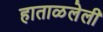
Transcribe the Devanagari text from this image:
हाताळलेली